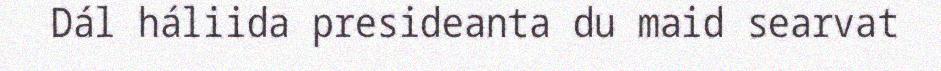
Dál háliida presideanta du maid searvat